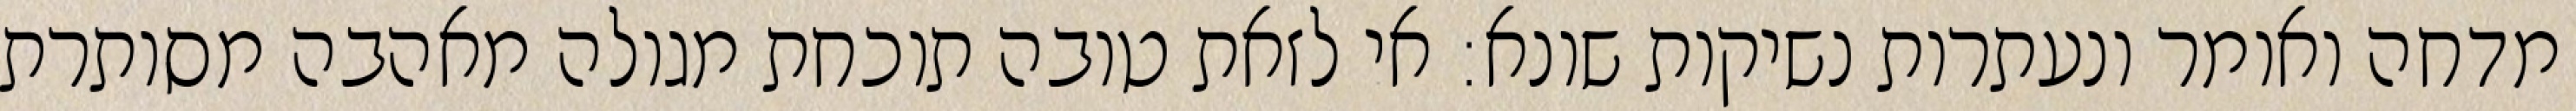
מדחה ואומר ונעתרות נשיקות שונא: אי לזאת טובה תוכחת מגולה מאהבה מסותרת